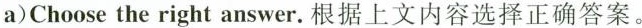
a)Choose the right answer.根据上文内容选择正确答案。